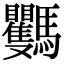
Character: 𩧡